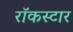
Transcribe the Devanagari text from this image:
रॉकस्‍टार